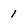
Character: 1